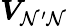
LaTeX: \boldsymbol{V}_{\mathcal{N}^{\prime}\mathcal{N}}